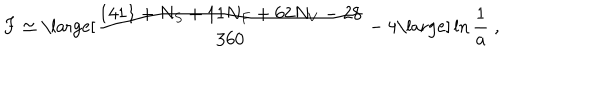
F \simeq \mathrm { \large [ } { \frac { 1 4 1 1 + N _ { S } + 1 1 N _ { F } + 6 2 N _ { V } - 2 8 } { 3 6 0 } } - 4 \mathrm { \large ] } \ln { { \frac { 1 } { a } } } \; ,